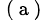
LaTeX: ^\mathrm{~(~a~)~}